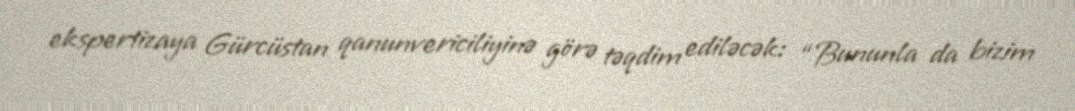
ekspertizaya Gürcüstan qanunvericiliyinə görə təqdim ediləcək: “Bununla da bizim